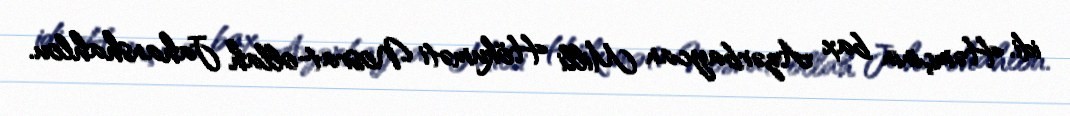
idi. Həmçinin bax Azərbaycan Milli Hökuməti Nosrat-ollah Jahanshahlou.